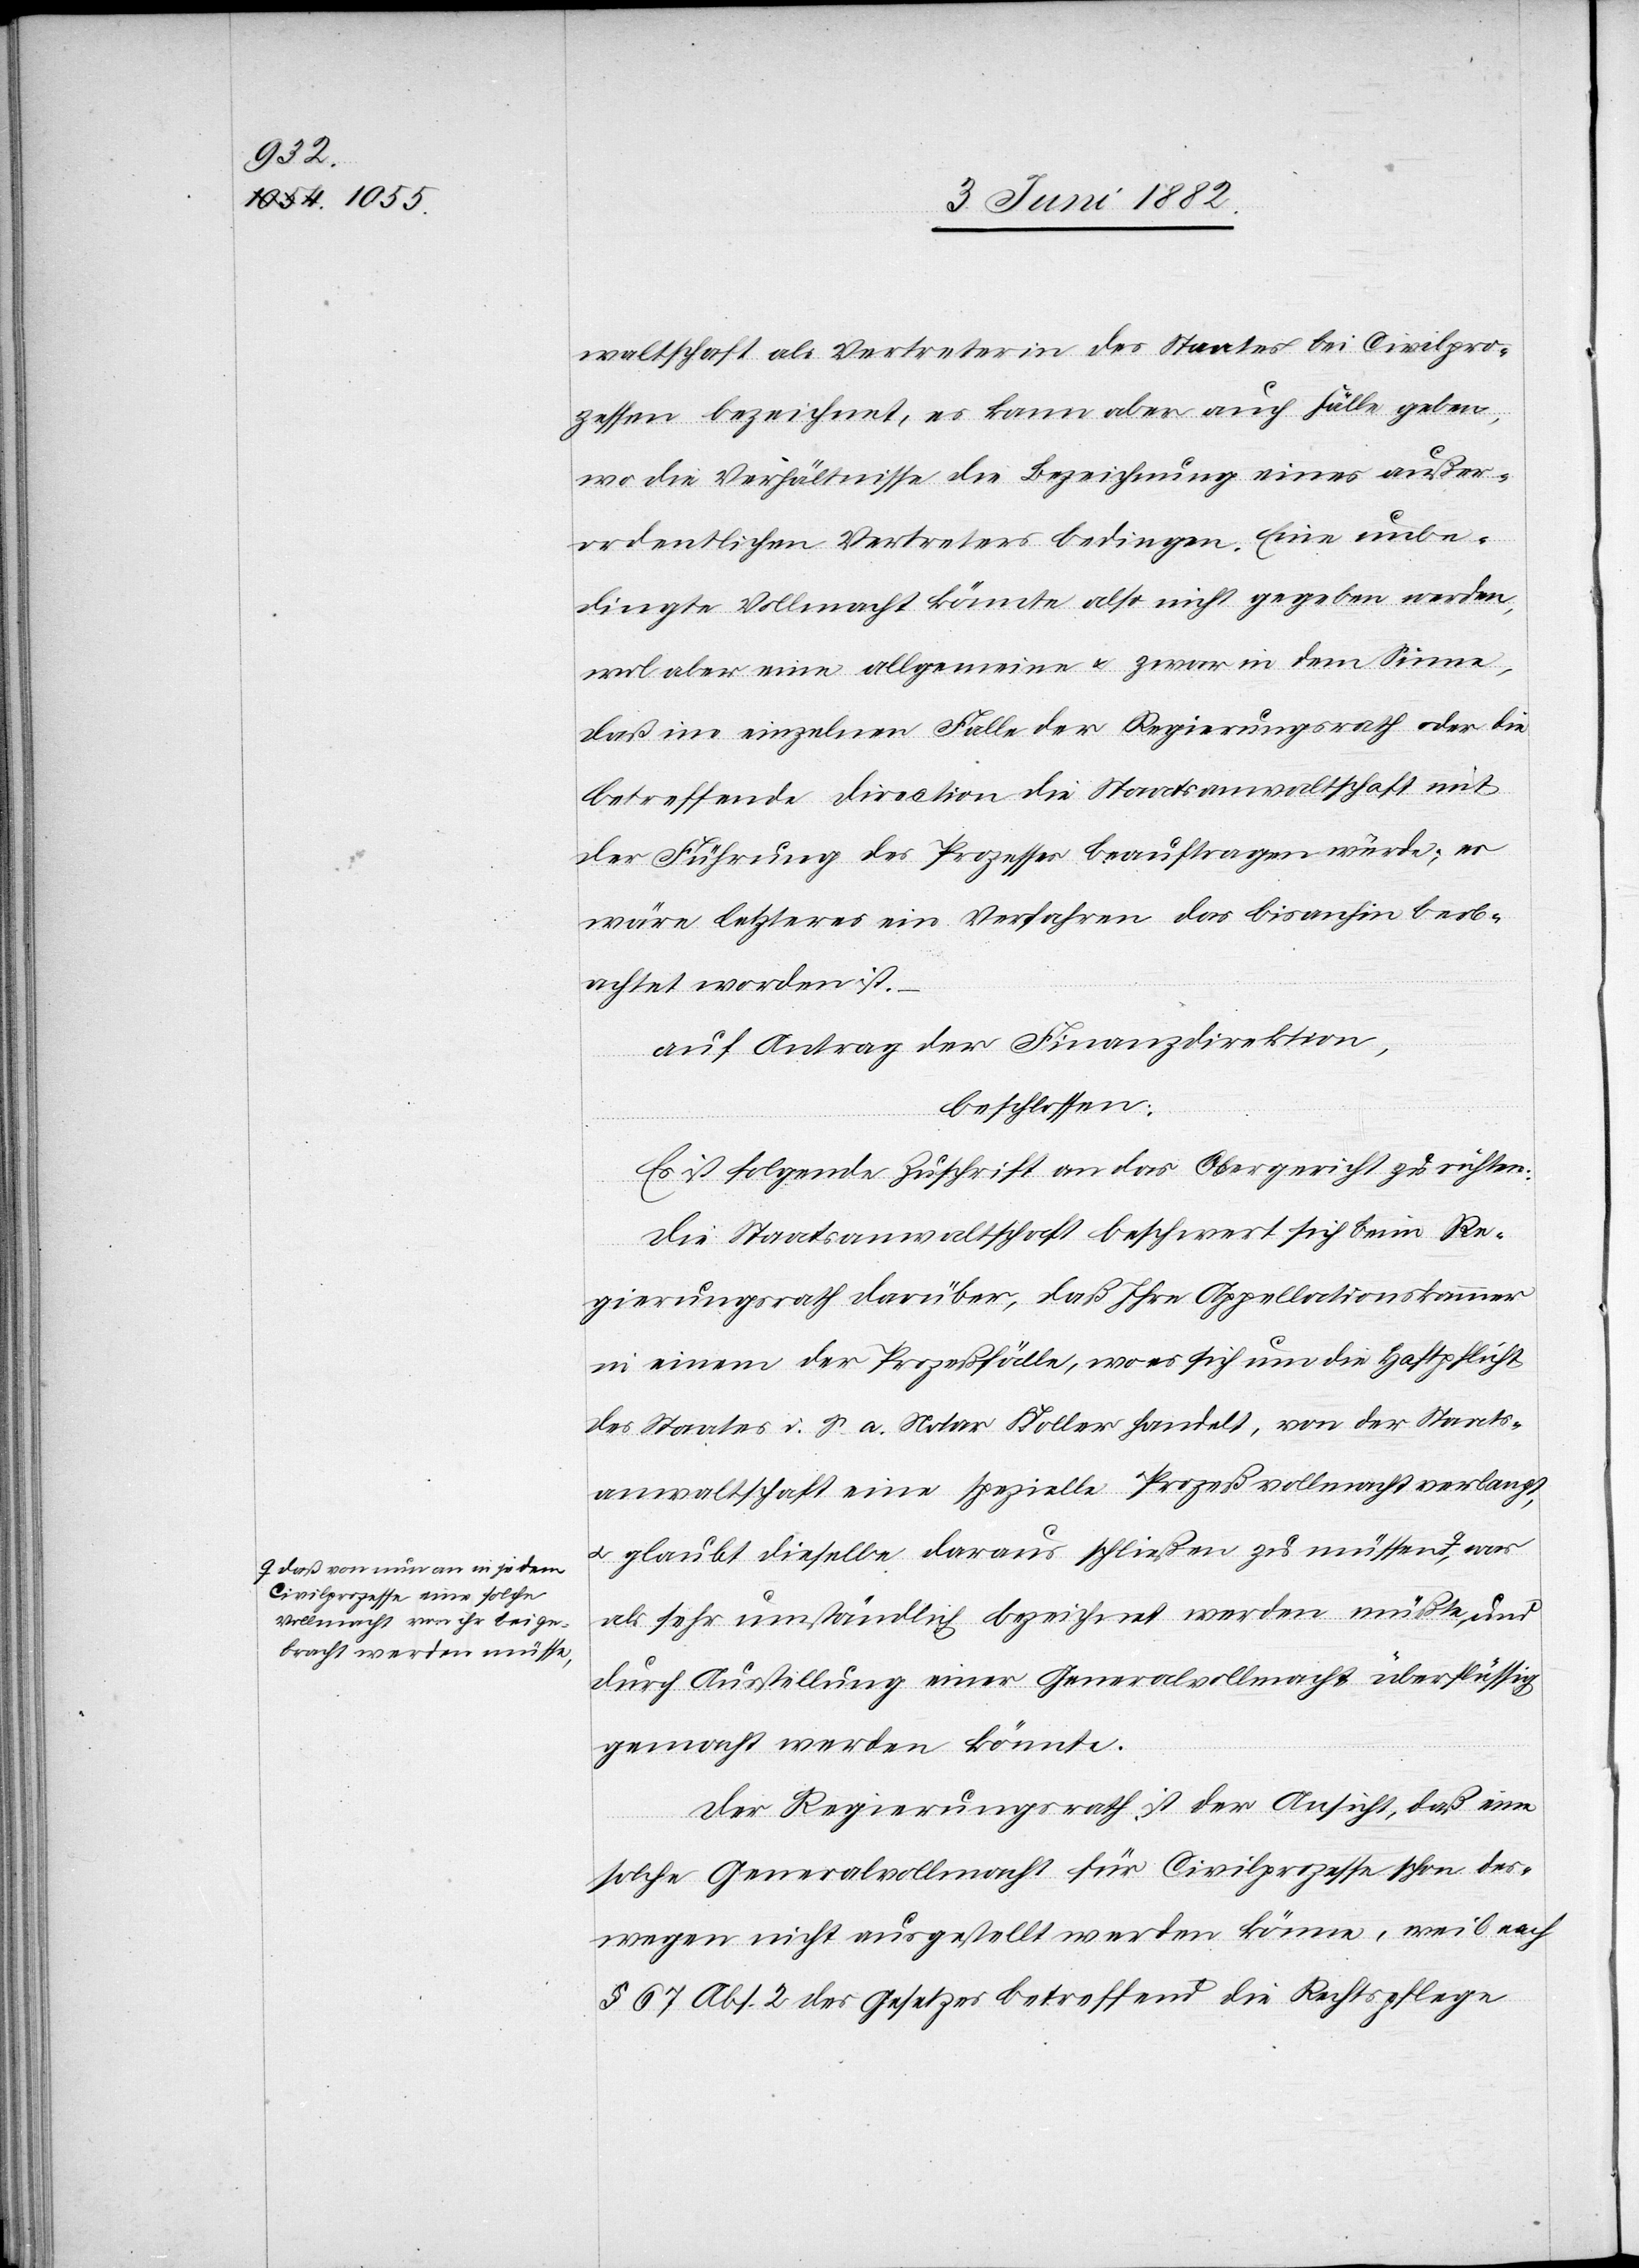
a-daß von nun an in jedem
Civilprozesse eine solche
Vollmacht von ihr beige¬
bracht werden müsse,-a

waltschaft als Vertreterin des Staates bei Civilpro¬
zessen bezeichnet, es kann aber auch Fälle geben,
wo die Verhältnisse die Bezeichnung eines außer¬
ordentlichen Vertreters bedingen. Eine unbe¬
dingte Vollmacht könnte also nicht gegeben werden,
wol aber eine allgemeine u. zwar in dem Sinne,
daß im einzelnen Falle der Regierungsrath oder die
betreffende Direction die Staatsanwaltschaft mit
der Führung des Prozesses beauftragen würde; es
wäre letzteres ein Verfahren das bis anhin beob¬
achtet worden ist.
auf Antrag der Finanzdirection,
beschlossen:
Es ist folgende Zuschrift an das Obergericht zu richten:
Die Staatsanwaltschaft beschwert sich beim Re¬
gierungsrath darüber, daß Ihre Appellationskammer
in einem der Prozeßfälle, wo es sich um die Haftpflicht
des Staates i. S. a. Notar Koller handelt, von der Staats¬
anwaltschaft eine spezielle Prozeßvollmacht verlangt,
u. glaubt dieselbe darauf schließen zu müssen,
als sehr umständlich bezeichnet werden müßte, und
durch Ausstellung einer Generalvollmacht überflüssig
gemach werden könnte.
Der Regierungsrath ist der Ansicht, daß eine
solche Generalvollmacht für Civilprozesse schon des¬
wegen nicht ausgestellt werden könne, weil nach
§ 67 Abs. 2 des Gesetzes betr. die Rechtspflege